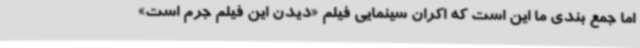
اما جمع بندی ما این است که اکران سینمایی فیلم «دیدن این فیلم جرم است»